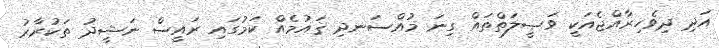
އަދި ދިވެހިރާއްޖެއަކީ ވަޞީލަތްތައް ގިނަ މުއްސަނދި ޤައުމެއް ކަމުގައި ރައީސް ނަޝީދު ތަކުރާރު